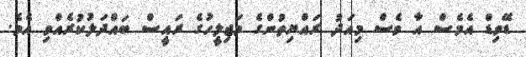
ޑޭވިޑް އެމެސް އާ ވެސް މިއަދު ރައްޔިތުންގެ މަޖިލީހުގެ ރައީސް ބައްދަލުކުރެއްވި އެވެ.